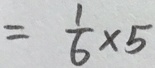
= \frac { 1 } { 6 } \times 5